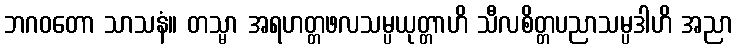
ဘဂဝတော သာသနံ။ တသ္မာ အရဟတ္တဖလသမ္ပယုတ္တာဟိ သီလစိတ္တပညာသမ္ပဒါဟိ အညာ